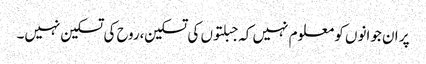
پر ان جوانوں کو معلوم نہیں کہ جبلتوں کی تسکین،روح کی تسکین نہیں۔